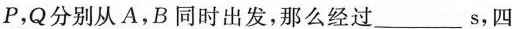
P，Q分别从A，B同时出发，那么经过___s，四